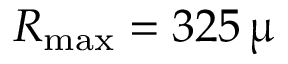
R _ { \mathrm { m a x } } = 3 2 5 \, \upmu